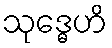
သုဒ္ဓေဟိ